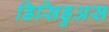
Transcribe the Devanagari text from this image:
डिसिडुअस